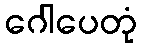
ဂေါပေတုံ